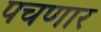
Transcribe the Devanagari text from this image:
पचणार